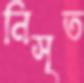
নিসৃত